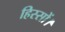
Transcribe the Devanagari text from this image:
हिस्सों।